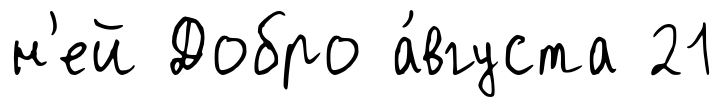
н'ей Добро а́вгуста 21